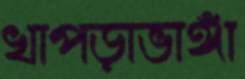
খাপড়াভাঙ্গা